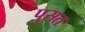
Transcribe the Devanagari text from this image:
पुसत